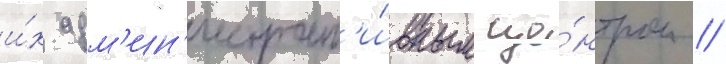
и́х адм'ин'истрат'и́вным це́нтром //